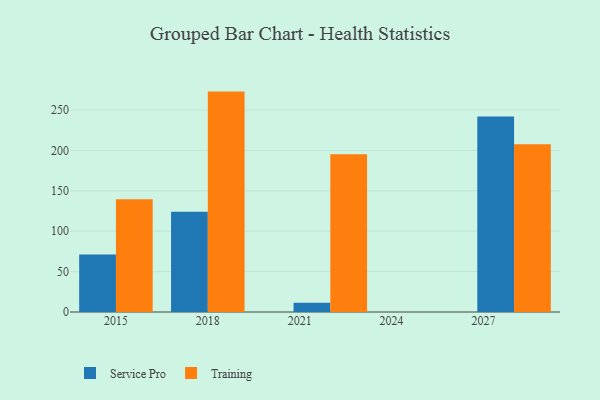
{"axis": {"x": "Year", "y": "Page Views"}, "legend": ["Service Pro", "Training"], "data": [{"x": "2015", "y": 71.3, "type": "Service Pro"}, {"x": "2015", "y": 139.6, "type": "Training"}, {"x": "2028", "y": 241.9, "type": "Service Pro"}, {"x": "2028", "y": 207.6, "type": "Training"}, {"x": "2018", "y": 124.1, "type": "Service Pro"}, {"x": "2018", "y": 272.8, "type": "Training"}, {"x": "2022", "y": 11.6, "type": "Service Pro"}, {"x": "2022", "y": 195.4, "type": "Training"}]}